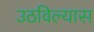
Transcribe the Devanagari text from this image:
उठविल्यास